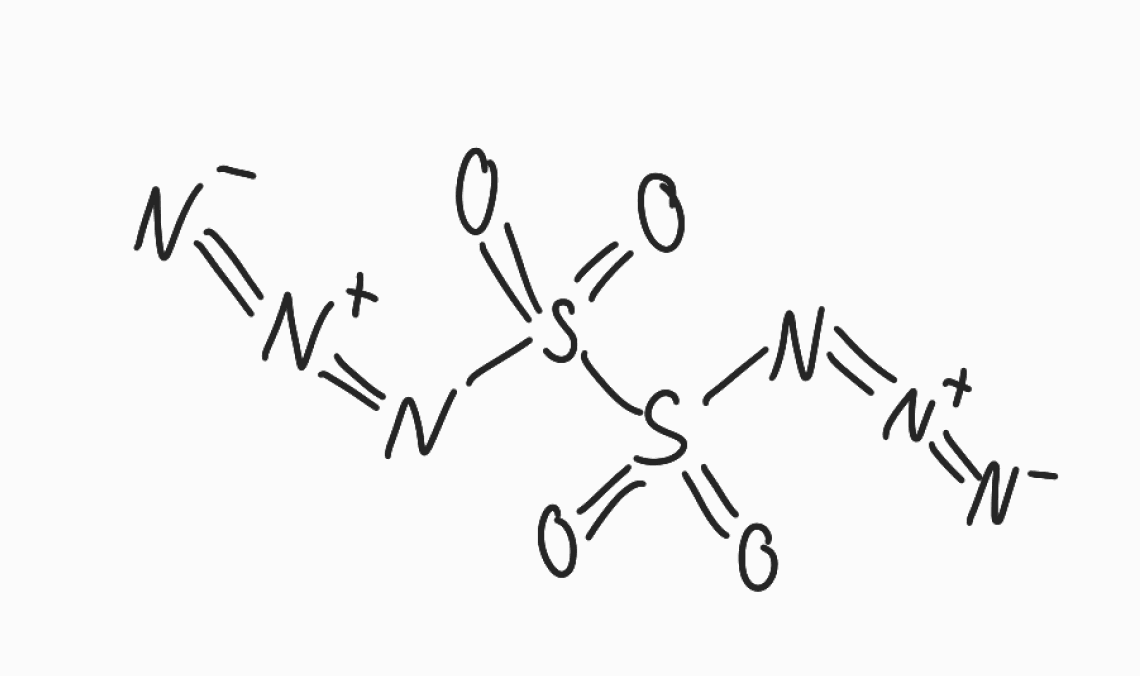
Simplified molecular-input line-entry system (SMILES) notation of the given molecule:
[N-]=[N+]=NS(=O)(=O)S(=O)(=O)N=[N+]=[N-]